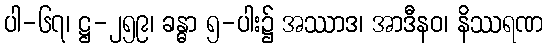
ပါ-၆၇၊ ဋ္ဌ-၂၅၉၊ ခန္ဓာ ၅-ပါး၌ အဿာဒ၊ အာဒီနဝ၊ နိဿရဏ